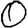
Digit: 0